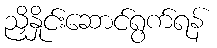
ညှိနှိုင်းဆောင်ရွက်ရန်